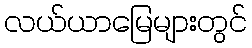
လယ်ယာမြေများတွင်